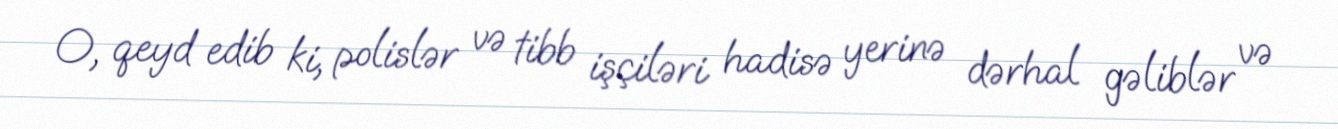
O, qeyd edib ki, polislər və tibb işçiləri hadisə yerinə dərhal gəliblər və